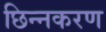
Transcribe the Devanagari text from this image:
छिन्नकरण